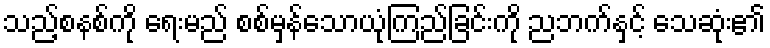
သည့်စနစ်ကို ရေးမည် စစ်မှန်သောယုံကြည်ခြင်းကို ညဘက်နှင့် သေဆုံး၏